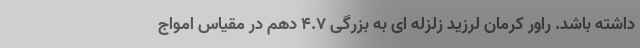
داشته باشد. راور کرمان لرزید زلزله ای به بزرگی ۴.۷ دهم در مقیاس امواج